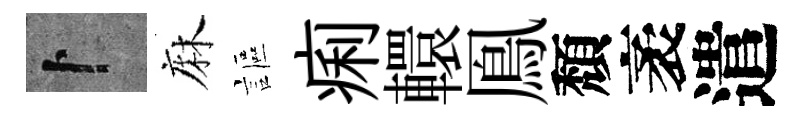
卜麻謳痢轘鳯頽袤遣